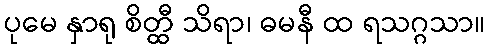
ပုမေ နှာရု စိတ္ထီ သိရာ၊ ဓမနီ ထ ရသဂ္ဂသာ။